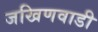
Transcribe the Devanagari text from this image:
जखिणवाडी